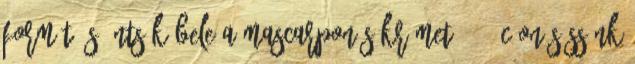
formát és öntsük bele a mascarponés krémet. 180°C-on süssünk